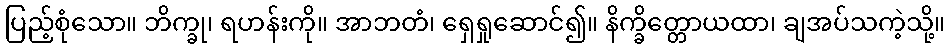
ပြည့်စုံသော။ ဘိက္ခု၊ ရဟန်းကို။ အာဘတံ၊ ရှေရှုဆောင်၍။ နိက္ခိတ္တောယထာ၊ ချအပ်သကဲ့သို့။